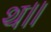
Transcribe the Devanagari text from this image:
थ।।